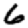
Digit: 6